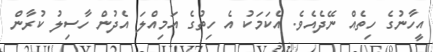
އީހާނުގެ ހިތެއް ނޭދެއެވެ. އެކަމަކު އެ ހިތުގެ އަމިއްލަ އެދުން ހާސިލު ކުރާން